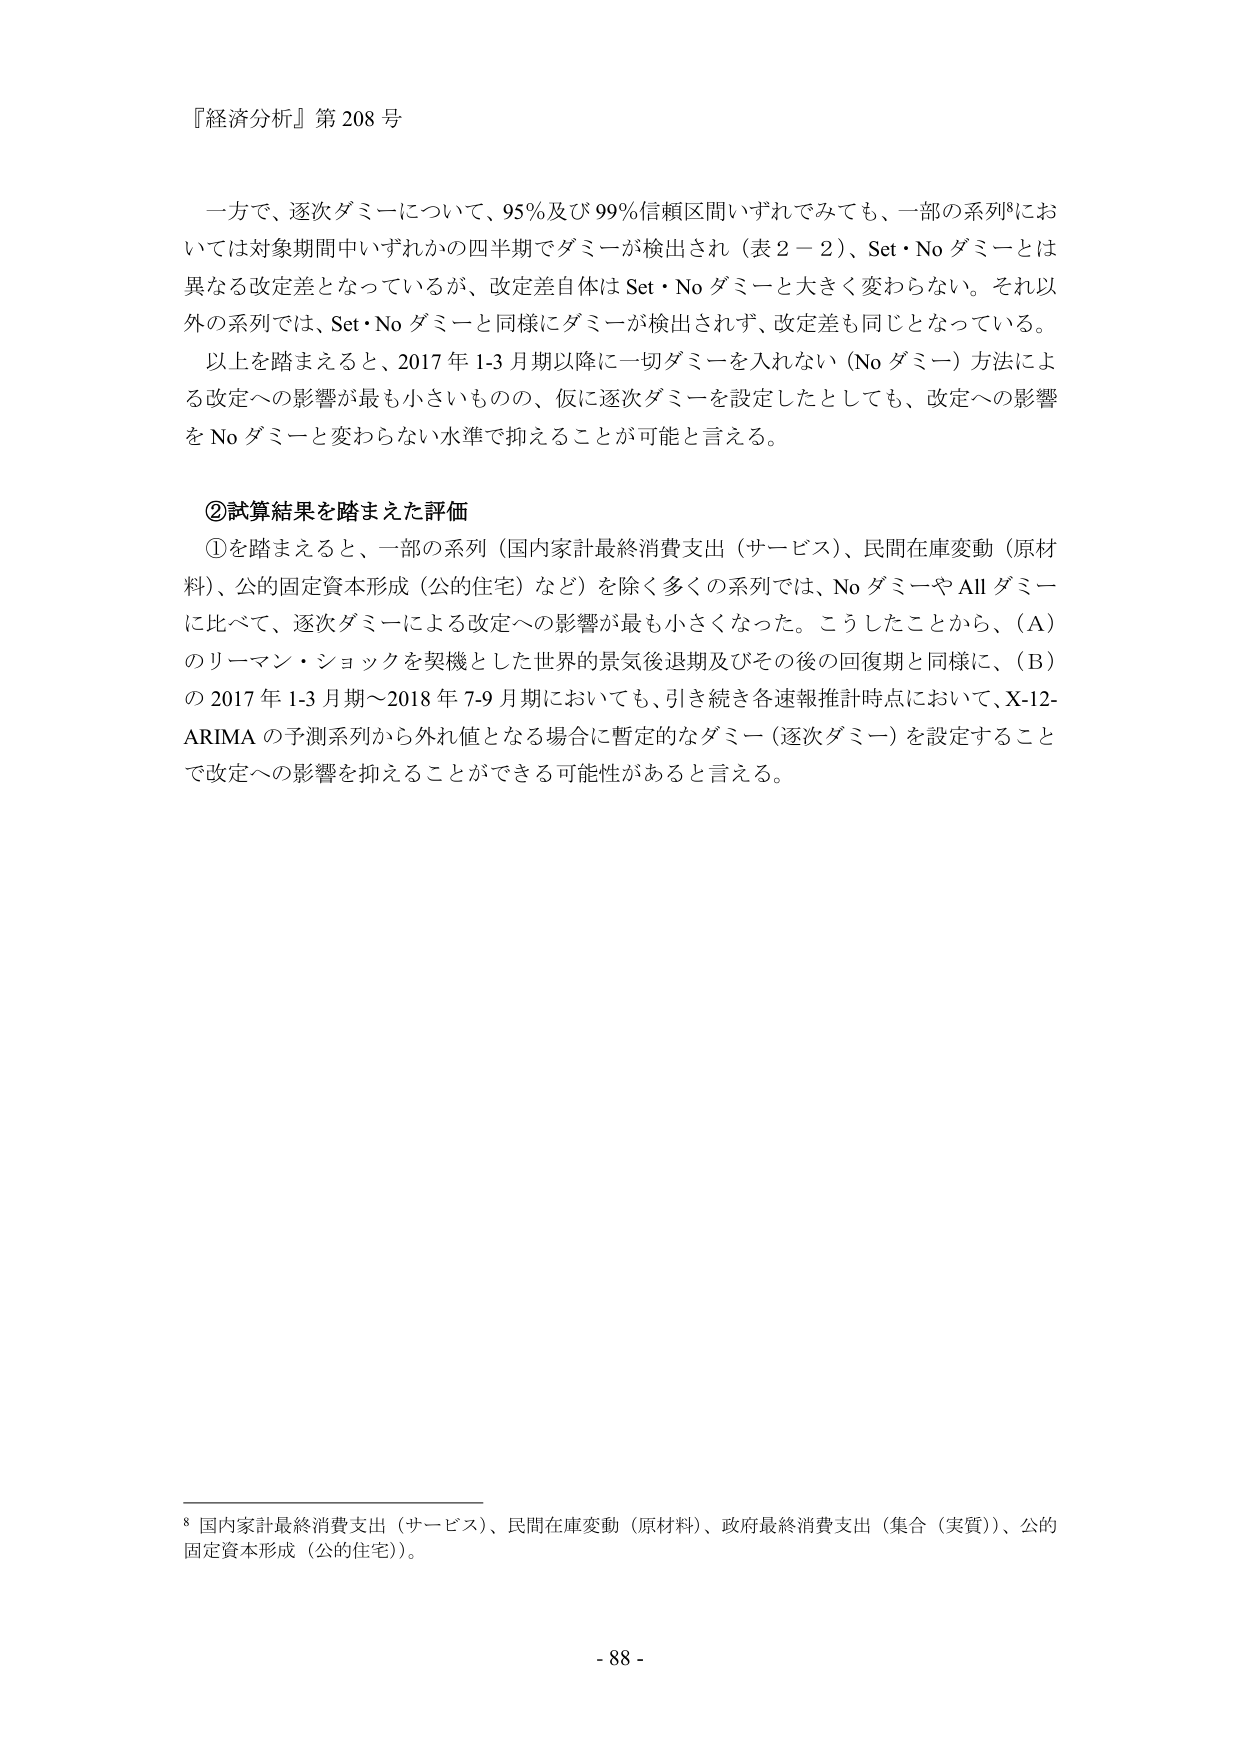
『経済分析』第 208 号

一方で、逐次ダミーについて、95％及び 99％信頼区間いずれでみても、一部の系列⁸においては対象期間中いずれかの四半期でダミーが検出され（表 2－2）、Set・No ダミーとは異なる改定差となっているが、改定差自体は Set・No ダミーと大きく変わらない。それ以外の系列では、Set・No ダミーと同様にダミーが検出されず、改定差も同じとなっている。

以上を踏まえると、2017 年 1-3 月期以降に一切ダミーを入れない（No ダミー）方法による改定への影響が最も小さいものの、仮に逐次ダミーを設定したとしても、改定への影響を No ダミーと変わらない水準で抑えることが可能と言える。

②試算結果を踏まえた評価

①を踏まえると、一部の系列（国内家計最終消費支出（サービス）、民間在庫変動（原材料）、公的固定資本形成（公的住宅）など）を除く多くの系列では、No ダミーや All ダミーに比べて、逐次ダミーによる改定への影響が最も小さくなった。こうしたことから、（A）のリーマン・ショックを契機とした世界的景気後退期及びその後の回復期と同様に、（B）の 2017 年 1-3 月期～2018 年 7-9 月期においても、引き続き各速報推計時点において、X-12-ARIMA の予測系列から外れ値となる場合に暫定的なダミー（逐次ダミー）を設定することで改定への影響を抑えることができる可能性があると言える。

⁸ 国内家計最終消費支出（サービス）、民間在庫変動（原材料）、政府最終消費支出（集合（実質））、公的固定資本形成（公的住宅）。

- 88 -